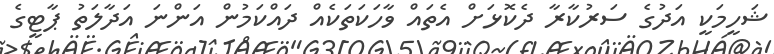
ޝަހީމަކީ އަދުގެ ސަރުކާރާ ދެކޮޅަށް އެތައް ވާހަކަތަކެއް ދައްކަމުން އަންނަ އަދާލަތު ޕާޓީގެ